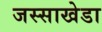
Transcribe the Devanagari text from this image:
जस्‍साखेडा